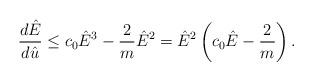
LaTeX: \begin{align*}\frac{d \hat{E}}{d\hat{u}} \leq c_0\hat{E}^3 - \frac{2}{m} \hat{E}^2 = {\hat E}^2 \left( c_0 {\hat E} - \frac{2}{m} \right). \end{align*}